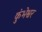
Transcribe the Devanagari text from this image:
कुंभेश्वर